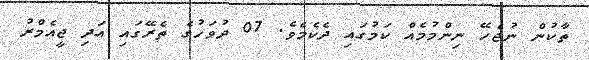
ތާކުން ނުޖެހޭ ނިންމުމެއް ކަމުގައި ދެކެމެވެ. 07 ދުވަހުގެ ތެރޭގައި އަދި ޖީއެމްރު